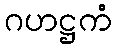
ဂဟဋ္ဌကံ